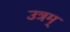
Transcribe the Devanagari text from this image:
उत्रम्